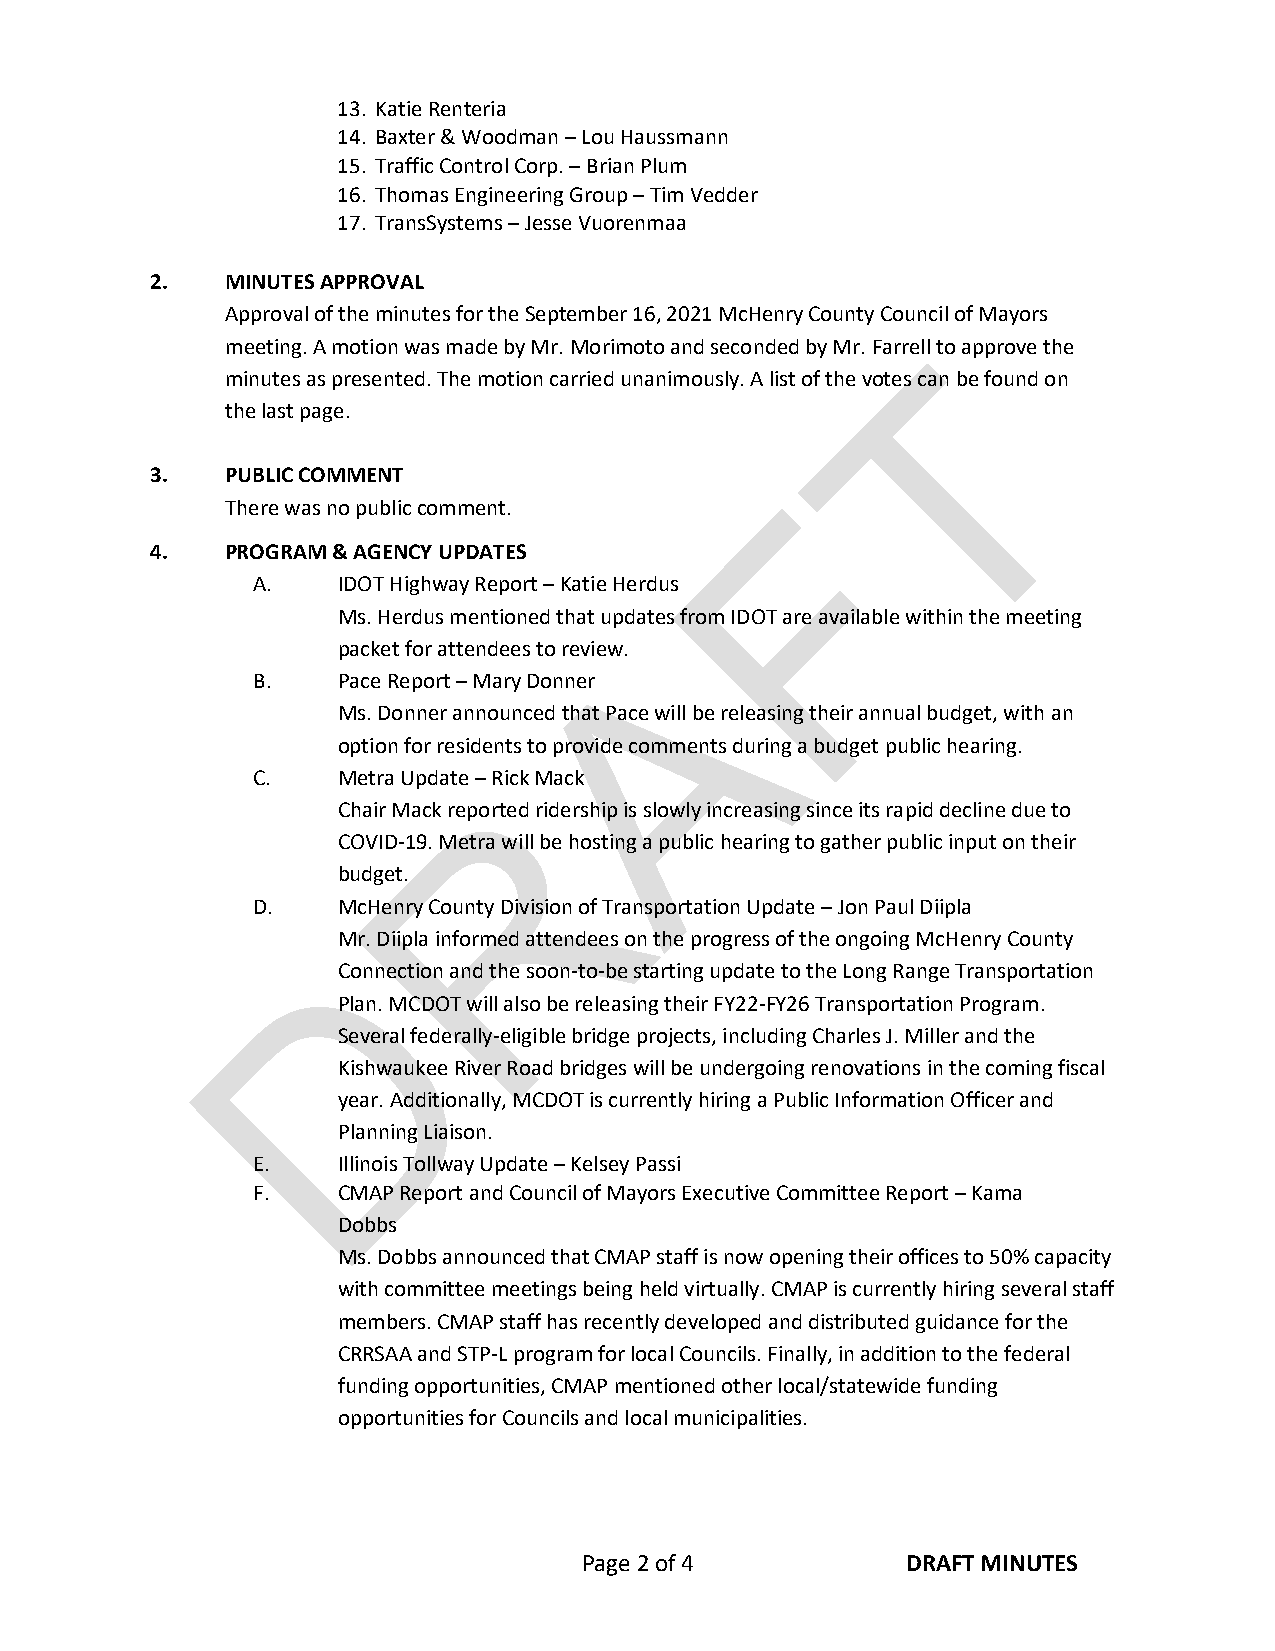
13. Katie Renteria
 14. Baxter & Woodman – Lou Haussmann
 15. Traffic Control Corp. – Brian Plum
 16. Thomas Engineering Group – Tim Vedder
 17. TransSystems – Jesse Vuorenmaa
 2.   MINUTES APPROVAL
 Approval of the minutes for the September 16, 2021 McHenry County Council of Mayors
 meeting. A motion was made by Mr. Morimoto and seconded by Mr. FarreTll to approve the
 minutes as presented. The motion carried unanimously. A list of the votes can be found on
 the last page.
 3.   PUBLIC COMMENT
 F
 There was no public comment.
 4.   PROGRAM & AGENCY UPDATES
 A.   IDOT Highway Report – Katie Herdus
 Ms. Herdus mentioned that updates from IDOT are available within the meeting
 A
 packet for attendees to review.
 B.   Pace Report – Mary Donner
 Ms. Donner announced that Pace will be releasing their annual budget, with an
 option for residents to provide comments during a budget public hearing.
 C.   Metra Update –R Rick Mack
 Chair Mack reported ridership is slowly increasing since its rapid decline due to
 COVID-19. Metra will be hosting a public hearing to gather public input on their
 budget.
 D.   McHenry County Division of Transportation Update – Jon Paul Diipla
 Mr. Diipla informed attendees on the progress of the ongoing McHenry County
 D
 Connection and the soon-to-be starting update to the Long Range Transportation
 Plan. MCDOT will also be releasing their FY22-FY26 Transportation Program.
 Several federally-eligible bridge projects, including Charles J. Miller and the
 Kishwaukee River Road bridges will be undergoing renovations in the coming fiscal
 year. Additionally, MCDOT is currently hiring a Public Information Officer and
 Planning Liaison.
 E.   Illinois Tollway Update – Kelsey Passi
 F.   CMAP Report and Council of Mayors Executive Committee Report – Kama
 Dobbs
 Ms. Dobbs announced that CMAP staff is now opening their offices to 50% capacity
 with committee meetings being held virtually. CMAP is currently hiring several staff
 members. CMAP staff has recently developed and distributed guidance for the
 CRRSAA and STP-L program for local Councils. Finally, in addition to the federal
 funding opportunities, CMAP mentioned other local/statewide funding
 opportunities for Councils and local municipalities.
 Page 2 of 4          DRAFT MINUTES